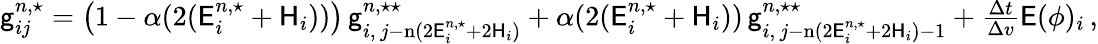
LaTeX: \begin{array}{r}{\mathsf{g}_{ij}^{n,\star}=\left(1-\alpha(2(\mathsf{E}_{i}^{n,\star}+\mathsf{H}_{i}))\right)\, \mathsf{g}_{i,\, j-\mathrm{n}(2\mathsf{E}_{i}^{n,\star}+2\mathsf{H}_{i})}^{n,\star\star}+\alpha(2(\mathsf{E}_{i}^{n,\star}+\mathsf{H}_{i}))\, \mathsf{g}_{i,\, j-\mathrm{n}(2\mathsf{E}_{i}^{n,\star}+2\mathsf{H}_{i})-1}^{n,\star\star}+\frac{\Delta t}{\Delta v}\mathsf{E}(\phi)_{i}\, ,}\end{array}